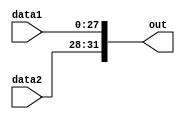
`timescale 1ns / 1ps
//////////////////////////////////////////////////////////////////////////////////
// Company: 
// Engineer: 
// 
// Design Name: 
// Module Name: SHL32
// Project Name: 
// Target Devices: 
// Tool Versions: 
// Description: 
// 
// Dependencies: 
// 
// Revision:
// Revision 0.01 - File Created
// Additional Comments:
// 
//////////////////////////////////////////////////////////////////////////////////


module SHL32(
data1,data2,out
    );
    input [3:0]data2;
    input [27:0]data1;
    output reg[31:0]out;
    always@(*)begin
        out[31:28]<=data2;
        out[27:0]<=data1;
    end
endmodule